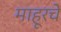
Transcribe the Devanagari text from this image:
माहूरचे